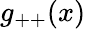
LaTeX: g_{++}(x)